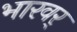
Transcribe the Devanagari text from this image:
भारवर्